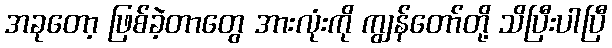
အခုတော့ ဖြစ်ခဲ့တာတွေ အားလုံးကို ကျွန်တော်တို့ သိပြီးပါပြီ